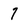
Character: 7